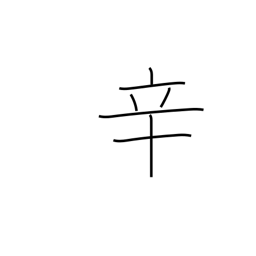
Meaning: hot